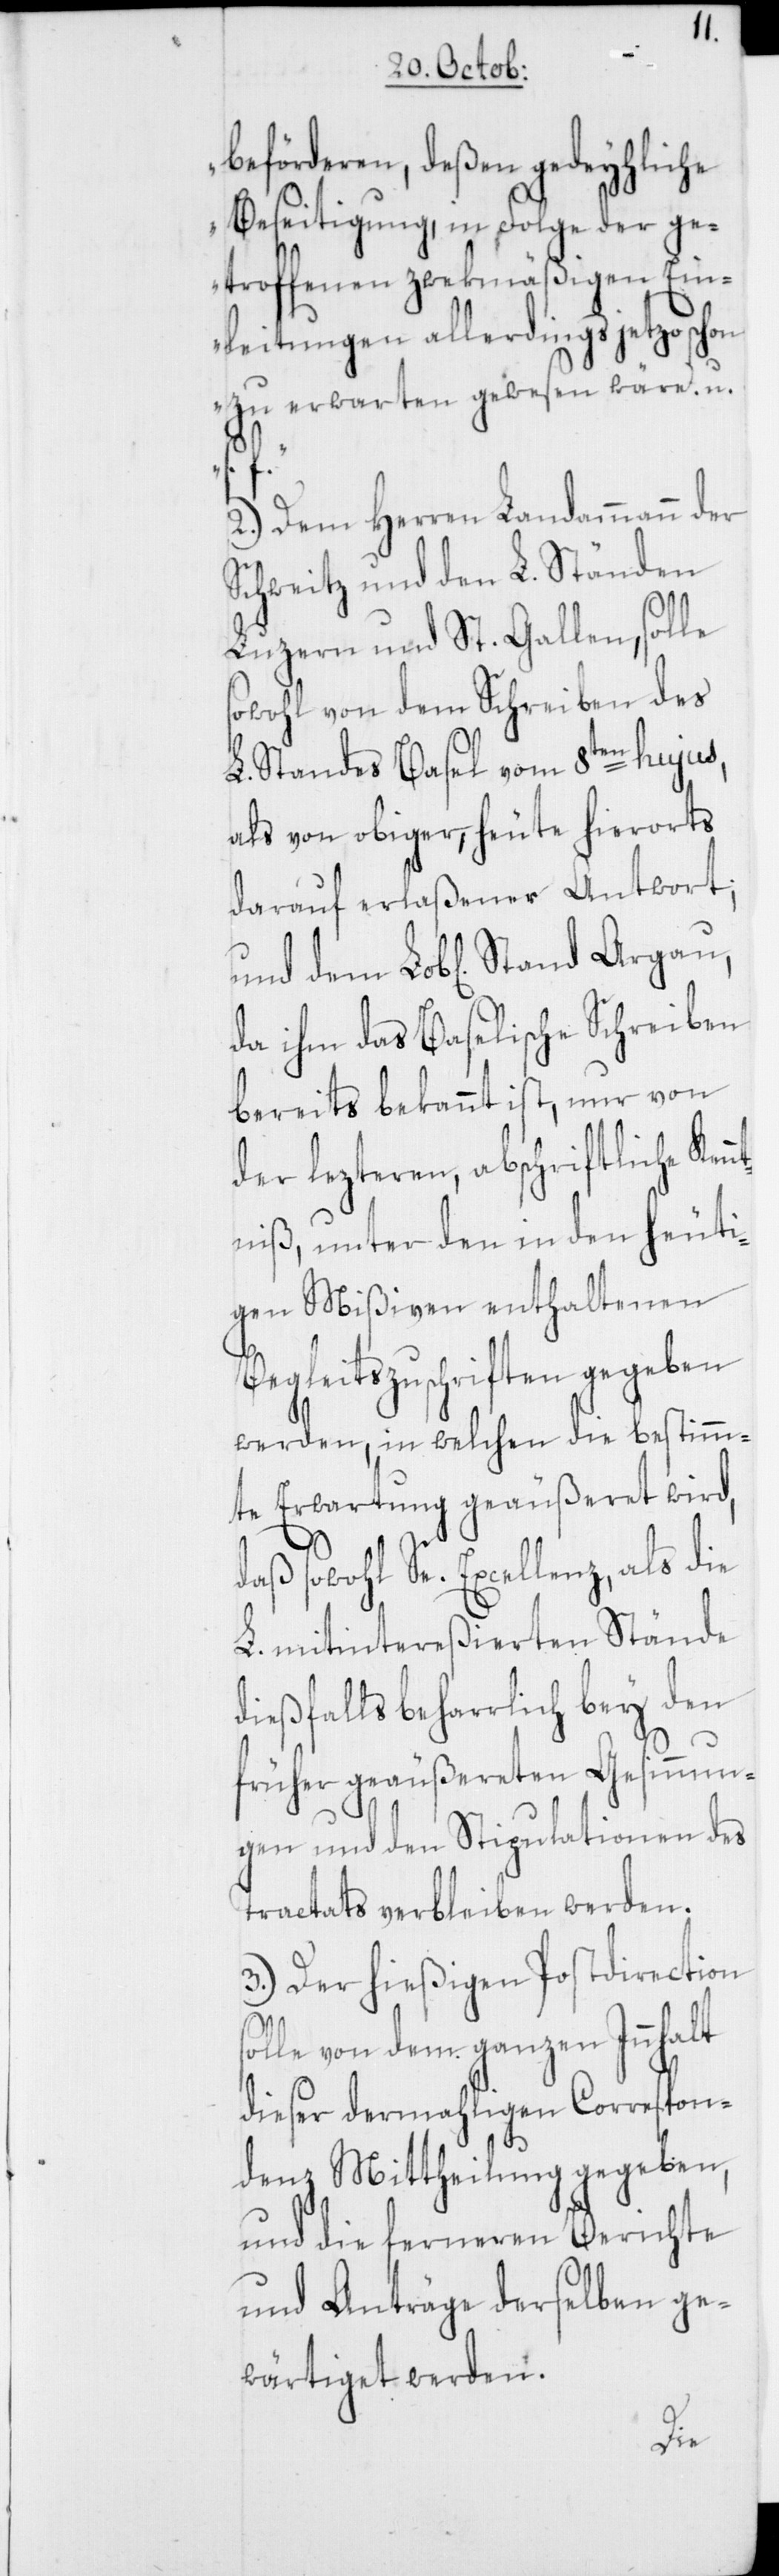
beförderen, deßen gedeyhliche
Beseitigung, in Folge der ge¬
troffenen zwekmäßigen Ein¬
leitungen allerdings jetzo schon
zu erwarten gewesen wäre. u.
s¬
2.) Dem Herren Landammann der
Schweitz und den L. Ständen
Luzern und St. Gallen, solle
sowohl von dem Schreiben des
L. Standes Basel vom 8ten hujus,
als von obiger, heute hierorts
darauf erlaßener Antwort;
da ihm das Baselische Schreiben
bereits bekannt ist, nur von
der lezteren, abschriftliche K¬
niß, unter den in den heuti¬
gen Mißiven enthaltenen
Begleitszuschriften gegeben
werden, in welchen die bestimm¬
te Erwartung geäußeret wird,
daß sowohl Se. Excellenz, als die
L. mitintereßierten Stände
dießfalls beharrlich bey den
früher geäußereten Gesinnun¬
des
gen und den Stipul¬
Tractats verbleiben werden.
3.) Der hießigen Postdirection
olle von dem ganzen Innhalt
dieser dermahligen Correspon¬
denz Mittheilung gegeben,
und die ferneren Berichte
und Anträge derselben ge¬
wärtiget werden.